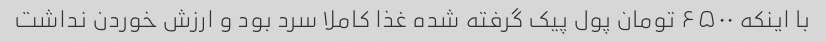
با اینکه ۶۵۰۰ تومان پول پیک گرفته شده غذا کاملا سرد بود و ارزش خوردن نداشت